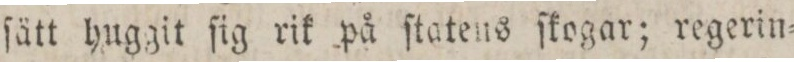
ſätt huggit ſig rik på ſtatens ſkogar; regerin=